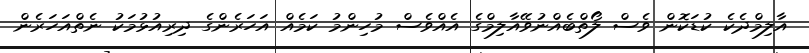
އާލިމްދެކެ ކުޑަކޮން ވެސް ލޯތްބެއްނުވޭއާލިމްގެ އެއްވެސް މުހިންމު ކަމެއް އަހަރެންގެ ދިރިއުޅުމަކު ނެތްއަހަރެން